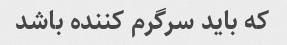
که باید سرگرم کننده باشد